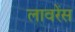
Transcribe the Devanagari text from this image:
लावरेंस